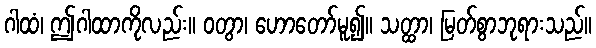
ဂါထံ၊ ဤဂါထာကိုလည်း။ ဝတွာ၊ ဟောတော်မူ၍။ သတ္ထာ၊ မြတ်စွာဘုရားသည်။